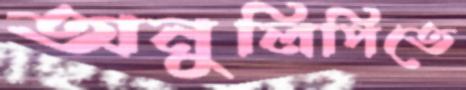
অনুলিপিতে